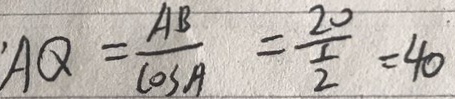
A Q = \frac { A B } { \cos A } = \frac { 2 0 } { \frac { 1 } { 2 } } = 4 0